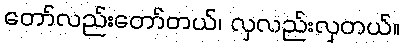
တော်လည်းတော်တယ်၊ လှလည်းလှတယ်။